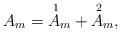
\begin{align*} A_m=\overset{\,\,1}{A}_{m}+\overset{\,\,2}{A}_{m},\end{align*}